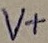
Text: V+